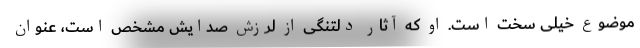
موضوع خیلی سخت است. او که آثار دلتنگی از لرزش صدایش مشخص است، عنوان